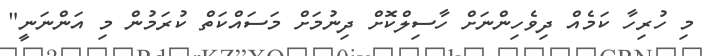
މި ހުރިހާ ކަމެއް ދިވެހިންނަށް ހާސިލްކޮށް ދިނުމަށް މަސައްކަތް ކުރަމުން މި އަންނަނީ"